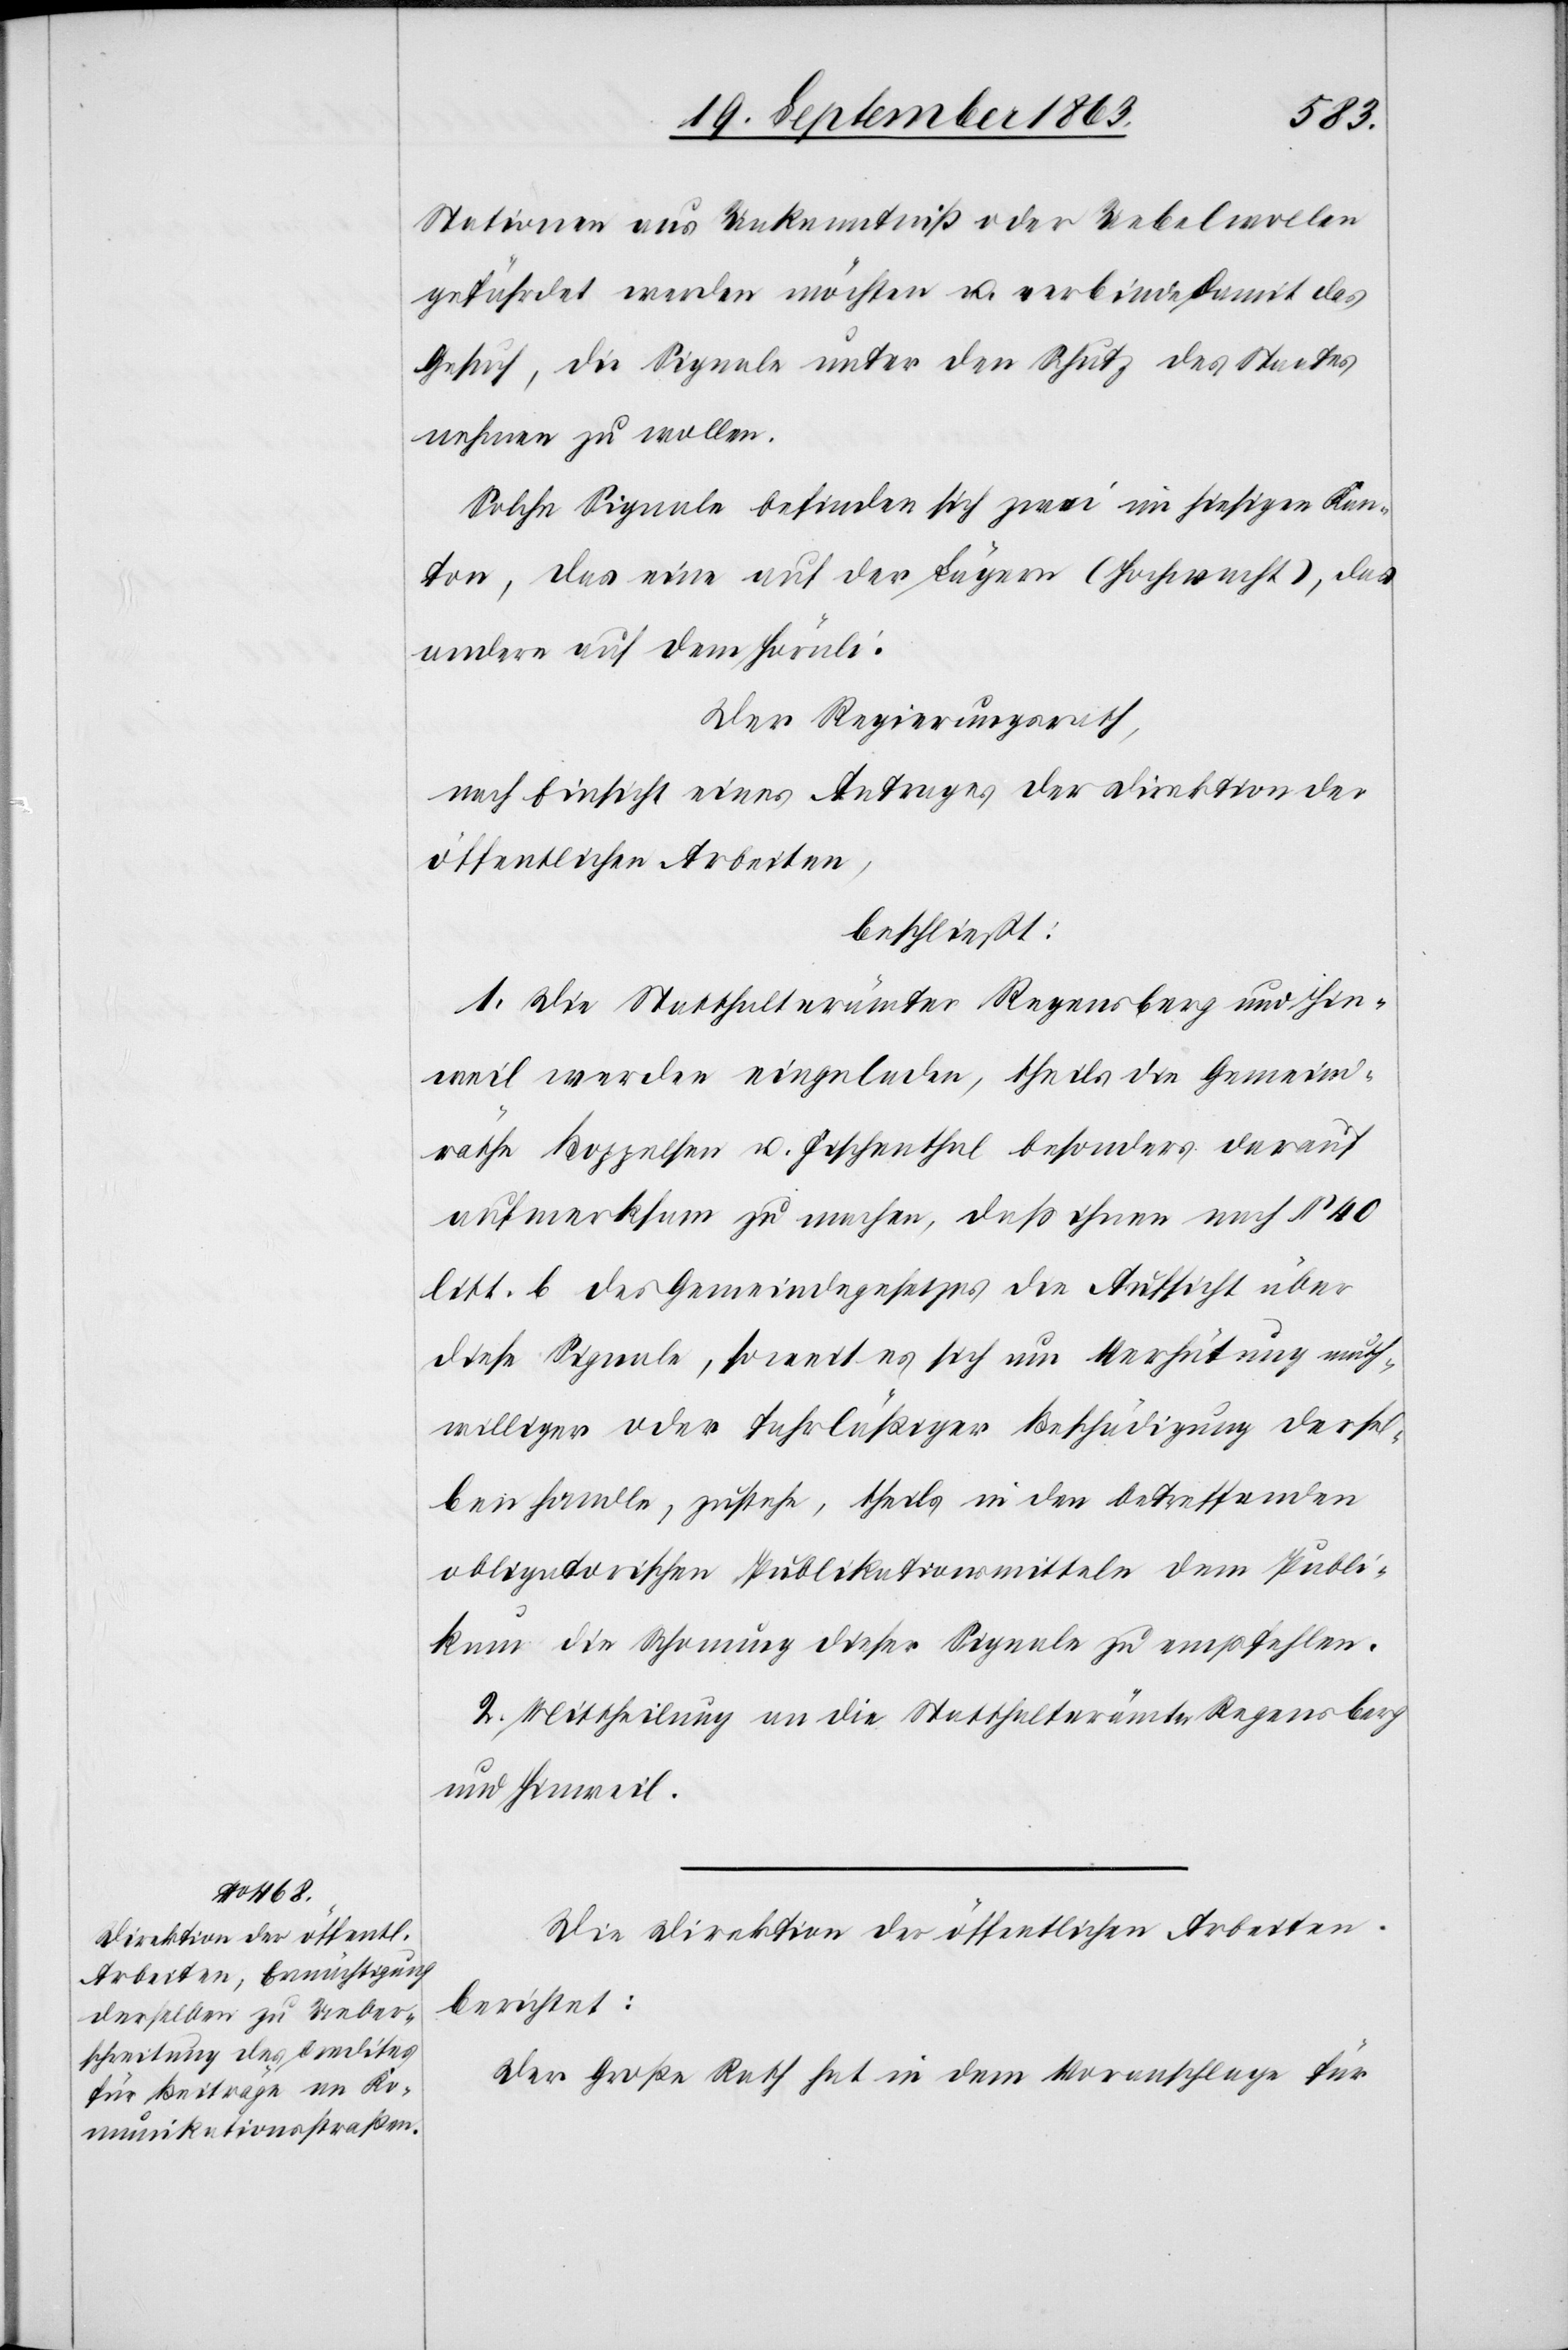
Stationen aus Unkenntniß oder Uebelwollen
gefährdet werden möchten u. verbinde damit das
Gesuch, die Signale unter den Schutz des Staates
nehmen zu wollen.
Solche Signale befinden sich zwei im hiesigen Kan¬
ton, das eine auf der Lägern (Hochwacht), das
andere auf dem Hörnli.
Der Regierungsrath,
nach Einsicht eines Antrages der Direktion der
öffentlichen Arbeiten,
beschließt:
1. Die Statthalterämter Regensberg und Hin¬
weil werden eingeladen, theils die Gemeind¬
räthe Boppelsen u. Fischenthal besonders darauf
aufmerksam zu machen, daß ihnen nach § 40
litt. b des Gemeindegesetzes die Aufsicht über
diese Signale, soweit es sich um Verhütung muth¬
williger oder fahrläßiger Beschädigung dersel¬
ben handle, zustehe, theils in den betreffenden
obligatorischen Publikationsmitteln dem Publi¬
kum die Schonung dieser Signale zu empfehlen.
2. Mittheilung an die Statthalterämter Regensberg
und Hinweil.
Die Direktion der öffentlichen Arbeiten
berichtet:
Der Große Rath hat in dem Voranschlage für